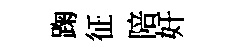
踘征陪奸